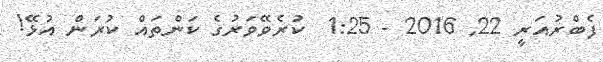
ފެބްރުއަރީ 22